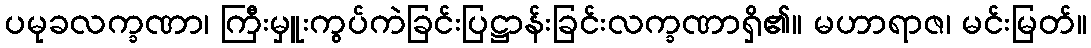
ပမုခလက္ခဏာ၊ ကြီးမှူးကွပ်ကဲခြင်းပြဋ္ဌာန်းခြင်းလက္ခဏာရှိ၏။ မဟာရာဇ၊ မင်းမြတ်။